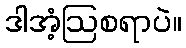
ဒါအံ့ဩစရာပဲ။